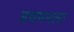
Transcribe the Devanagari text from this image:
डचमनला